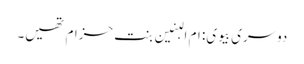
دوسری بیوی: ام البنین بنت حزام تھیں۔